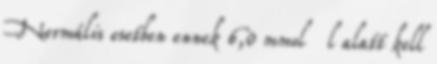
Normális esetben ennek 6,0 mmol l alatt kell